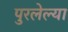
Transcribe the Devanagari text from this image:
पुरलेल्या